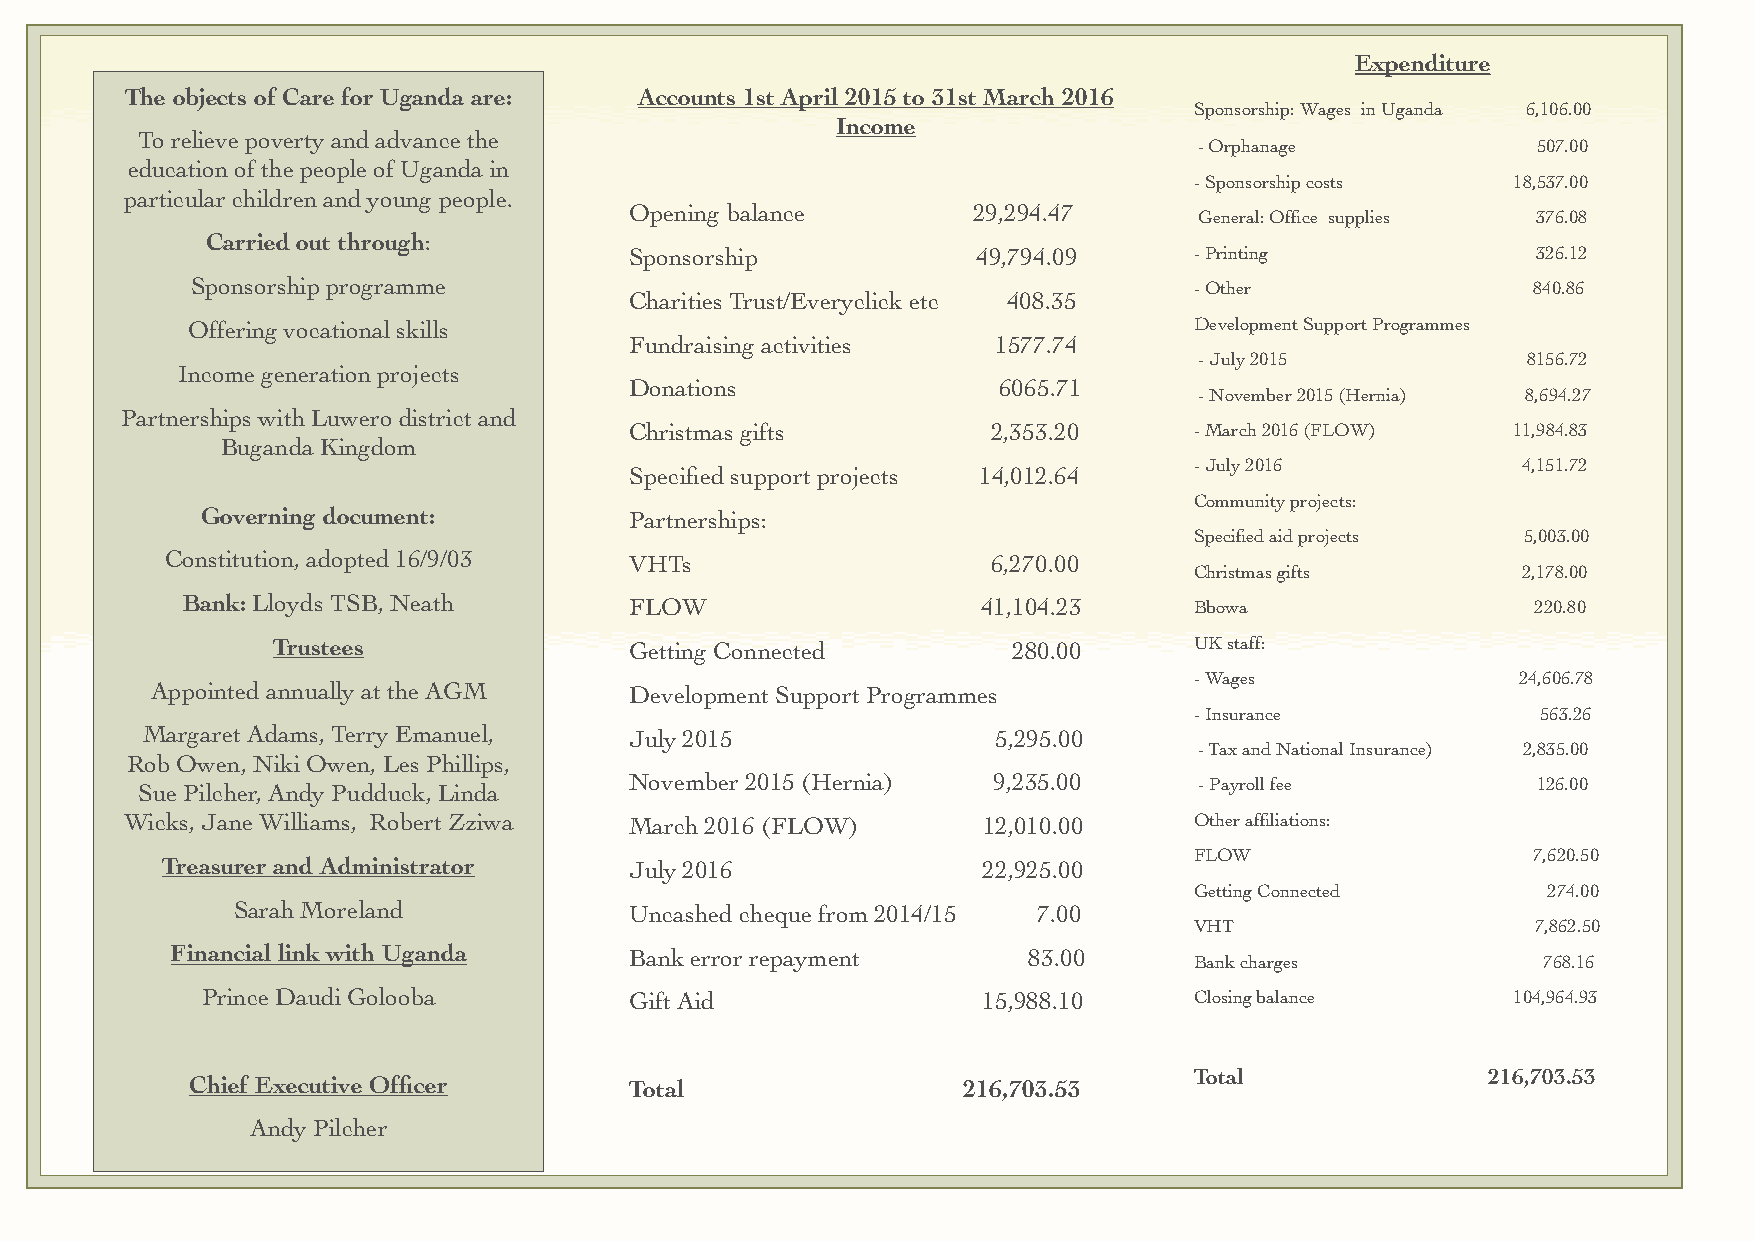
Expenditure
 The objects of Care for Uganda are: Accounts 1st April 2015 to 31st March 2016
 Sponsorship: Wages in Uganda 6,106.00
 Income
 To relieve poverty and advance the
 - Orphanage            507.00
 education of the people of Uganda in
 -Sponsorship costs   18,537.00
 particular children and young people.
 Opening balance       29,294.47
 General: Office supplies 376.08
 Carried out through:
 Sponsorship            49,794.09     -Printing              326.12
 Sponsorship programme                                             -Other                840.86
 Charities Trust/Everyclick etc 408.35
 Offering vocational skills                                         Development Support Programmes
 Fundraising activities  1577.74
 - July 2015           8156.72
 Income generation projects
 Donations               6065.71
 - November 2015 (Hernia) 8,694.27
 Partnerships with Luwero district and
 Christmas gifts         2,353.20     -March 2016 (FLOW)   11,984.83
 Buganda Kingdom
 -July 2016            4,151.72
 Specified support projects 14,012.64
 Community projects:
 Governing document:          Partnerships:
 Specified aid projects 5,003.00
 Constitution, adopted 16/9/03  VHTs                    6,270.00
 Christmas gifts       2,178.00
 Bank: Lloyds TSB, Neath       FLOW                   41,104.23     Bbowa                  220.80
 Trustees                Getting Connected        280.00      UK staff:
 -Wages                24,606.78
 Appointed annually at the AGM   Development Support Programmes
 -Insurance             563.26
 Margaret Adams, Terry Emanuel,   July 2015               5,295.00
 - Tax and National Insurance) 2,835.00
 Rob Owen, Niki Owen, Les Phillips,
 Sue Pilcher, Andy Pudduck, Linda November 2015 (Hernia)  9,235.00     - Payroll fee          126.00
 Wicks, Jane Williams, Robert Zziwa March 2016 (FLOW)     12,010.00     Other affiliations:
 FLOW                   7,620.50
 Treasurer and Administrator    July 2016              22,925.00
 Getting Connected      274.00
 Sarah Moreland             Uncashed cheque from 2014/15 7.00
 VHT                    7,862.50
 Financial link with Uganda     Bank error repayment      83.00
 Bank charges           768.16
 Prince Daudi Golooba         Gift Aid               15,988.10     Closing balance      104,964.93
 Total               216,703.53
 Chief Executive Officer      Total                 216,703.53
 Andy Pilcher